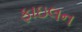
ફાઇલન